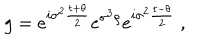
LaTeX: g = e ^ { i \sigma ^ { 2 } \frac { t + \theta } { 2 } } e ^ { \sigma ^ { 3 } \rho } e ^ { i \sigma ^ { 2 } \frac { t - \theta } { 2 } } ~ ,